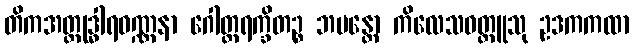
တိကအတ္ထုဒ္ဓါရဝဏ္ဏနာ ဂေါတ္တရက္ခိတဉ္စ ဘမန္တော ကိလေသဝတ္ထူသု ဥဒကကထာ